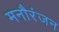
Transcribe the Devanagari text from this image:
मनौरंजन